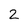
Character: 2